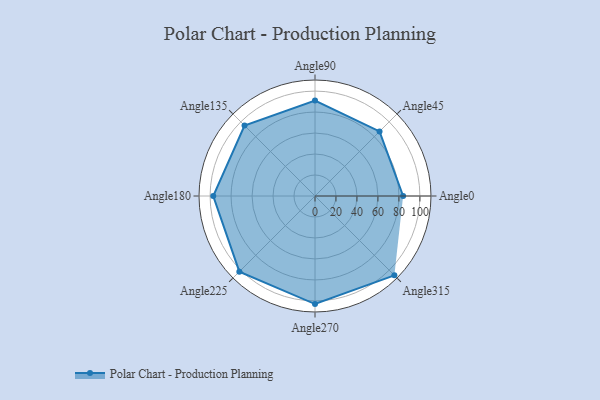
{"axis": {"x": "Angle", "y": "Radius"}, "legend": [""], "data": [{"x": "Angle0", "y": 84.0, "type": ""}, {"x": "Angle45", "y": 87.0, "type": ""}, {"x": "Angle90", "y": 91.0, "type": ""}, {"x": "Angle135", "y": 95.0, "type": ""}, {"x": "Angle180", "y": 97.0, "type": ""}, {"x": "Angle225", "y": 102.0, "type": ""}, {"x": "Angle270", "y": 103.0, "type": ""}, {"x": "Angle315", "y": 107.0, "type": ""}]}